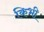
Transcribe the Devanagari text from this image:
किभी